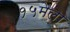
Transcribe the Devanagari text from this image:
१५मेला